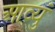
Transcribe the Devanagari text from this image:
आव्युं